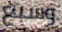
وسبع